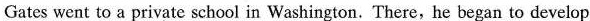
Gates went to a private school in Washington.There,he began to develop